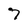
Character: 7